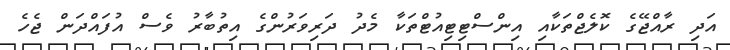
އަދި ރާއްޖޭގެ ކޮލެޖްތަކާއި އިންސްޓިޓިއުޓްތަކާ މެދު ދަރިވަރުންގެ އިތުބާރު ވެސް އުފައްދަން ޖެހެ